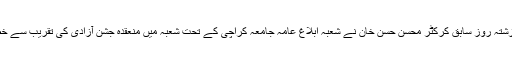
ان خیالات کا اظہار گزشتہ روز سابق کرکٹر محسن حسن خان نے شعبہ ابلاغ عامہ جامعہ کراچی کے تحت شعبہ میں منعقدہ جشن آزادی کی تقریب سے خطاب کرتے ہوئے کیا۔